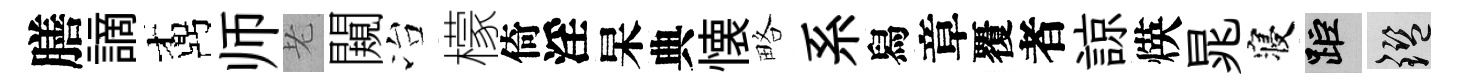
膳謫鼒师老闚冶檬倚淫杲典懐略系舄章覆者諒煐晁寝距鑒